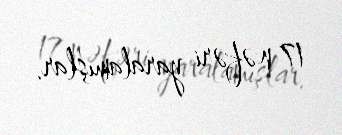
17 nəfəri yaralamışlar.